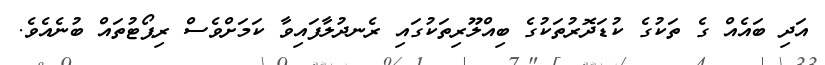
އަދި ބައެއް ގެ ތަކުގެ ކުޑަދޮރުތަކުގެ ބިއްލޫރިތަކުގައި ރެނދުލާފައިވާ ކަމަށްވެސް ރިޕޯޓުތައް ބުނެއެވެ.